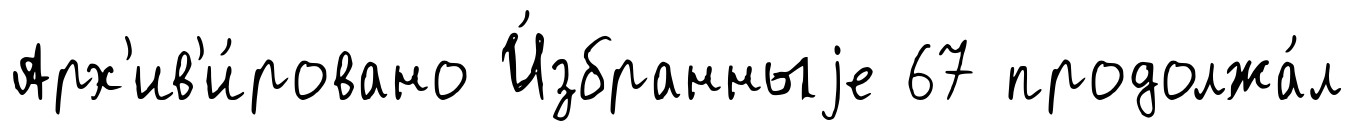
Арх'ив'и́ровано И́збранныjе 67 продолжа́л